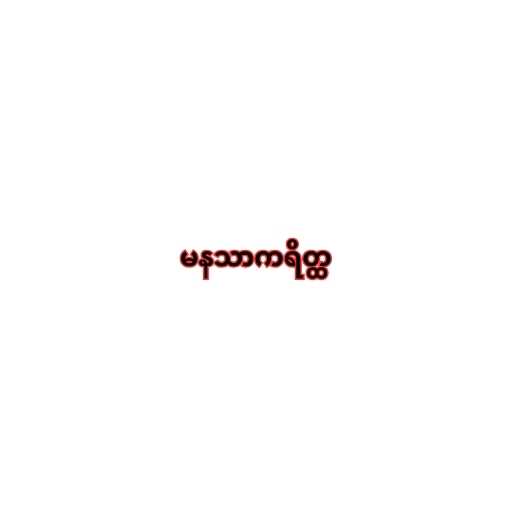
မနသာကရိတ္ထ